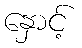
နှောင့်